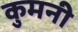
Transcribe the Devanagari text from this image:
कुमनी